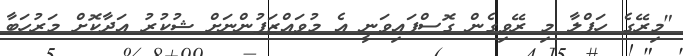
"މިރޭގެ ހަފްލާ މި ރޭވިގެން ގޮސްފައިވަނީ އެ މުވައްޒަފުންނަށް ޝުކުރު އަދާކޮށް މަރުހަބާ